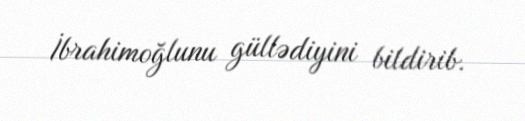
İbrahimoğlunu güllədiyini bildirib.